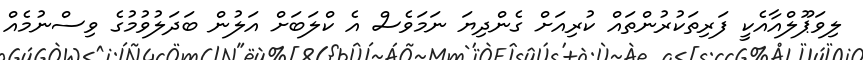
ލިވަޕޫލްއާއެކީ ފަރިތަކުރުންތައް ކުރިއަށް ގެންދިޔަ ނަމަވެސް އެ ކްލަބަށް އަލުން ބަދަލުވުމުގެ ވިސްނުމެއް